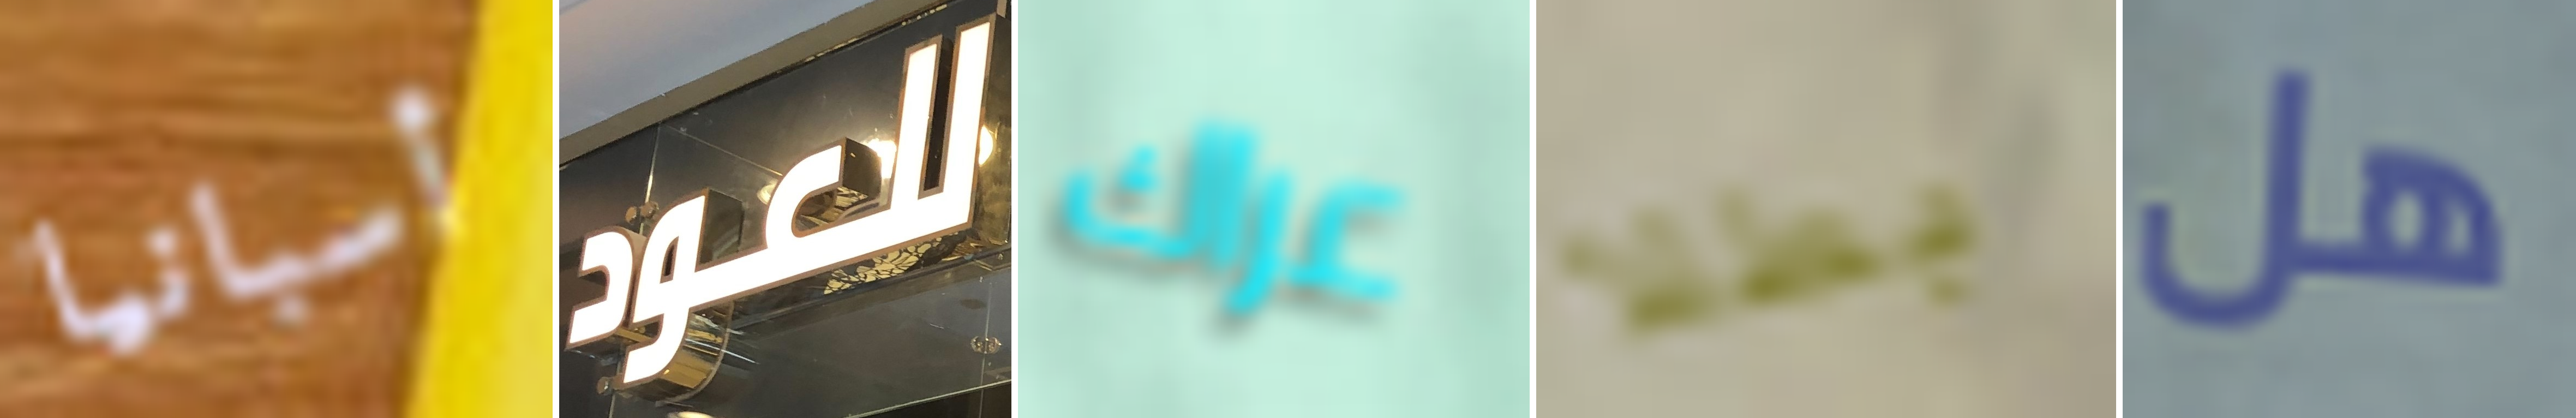
أسبانيا للعود عراك بطلا هل